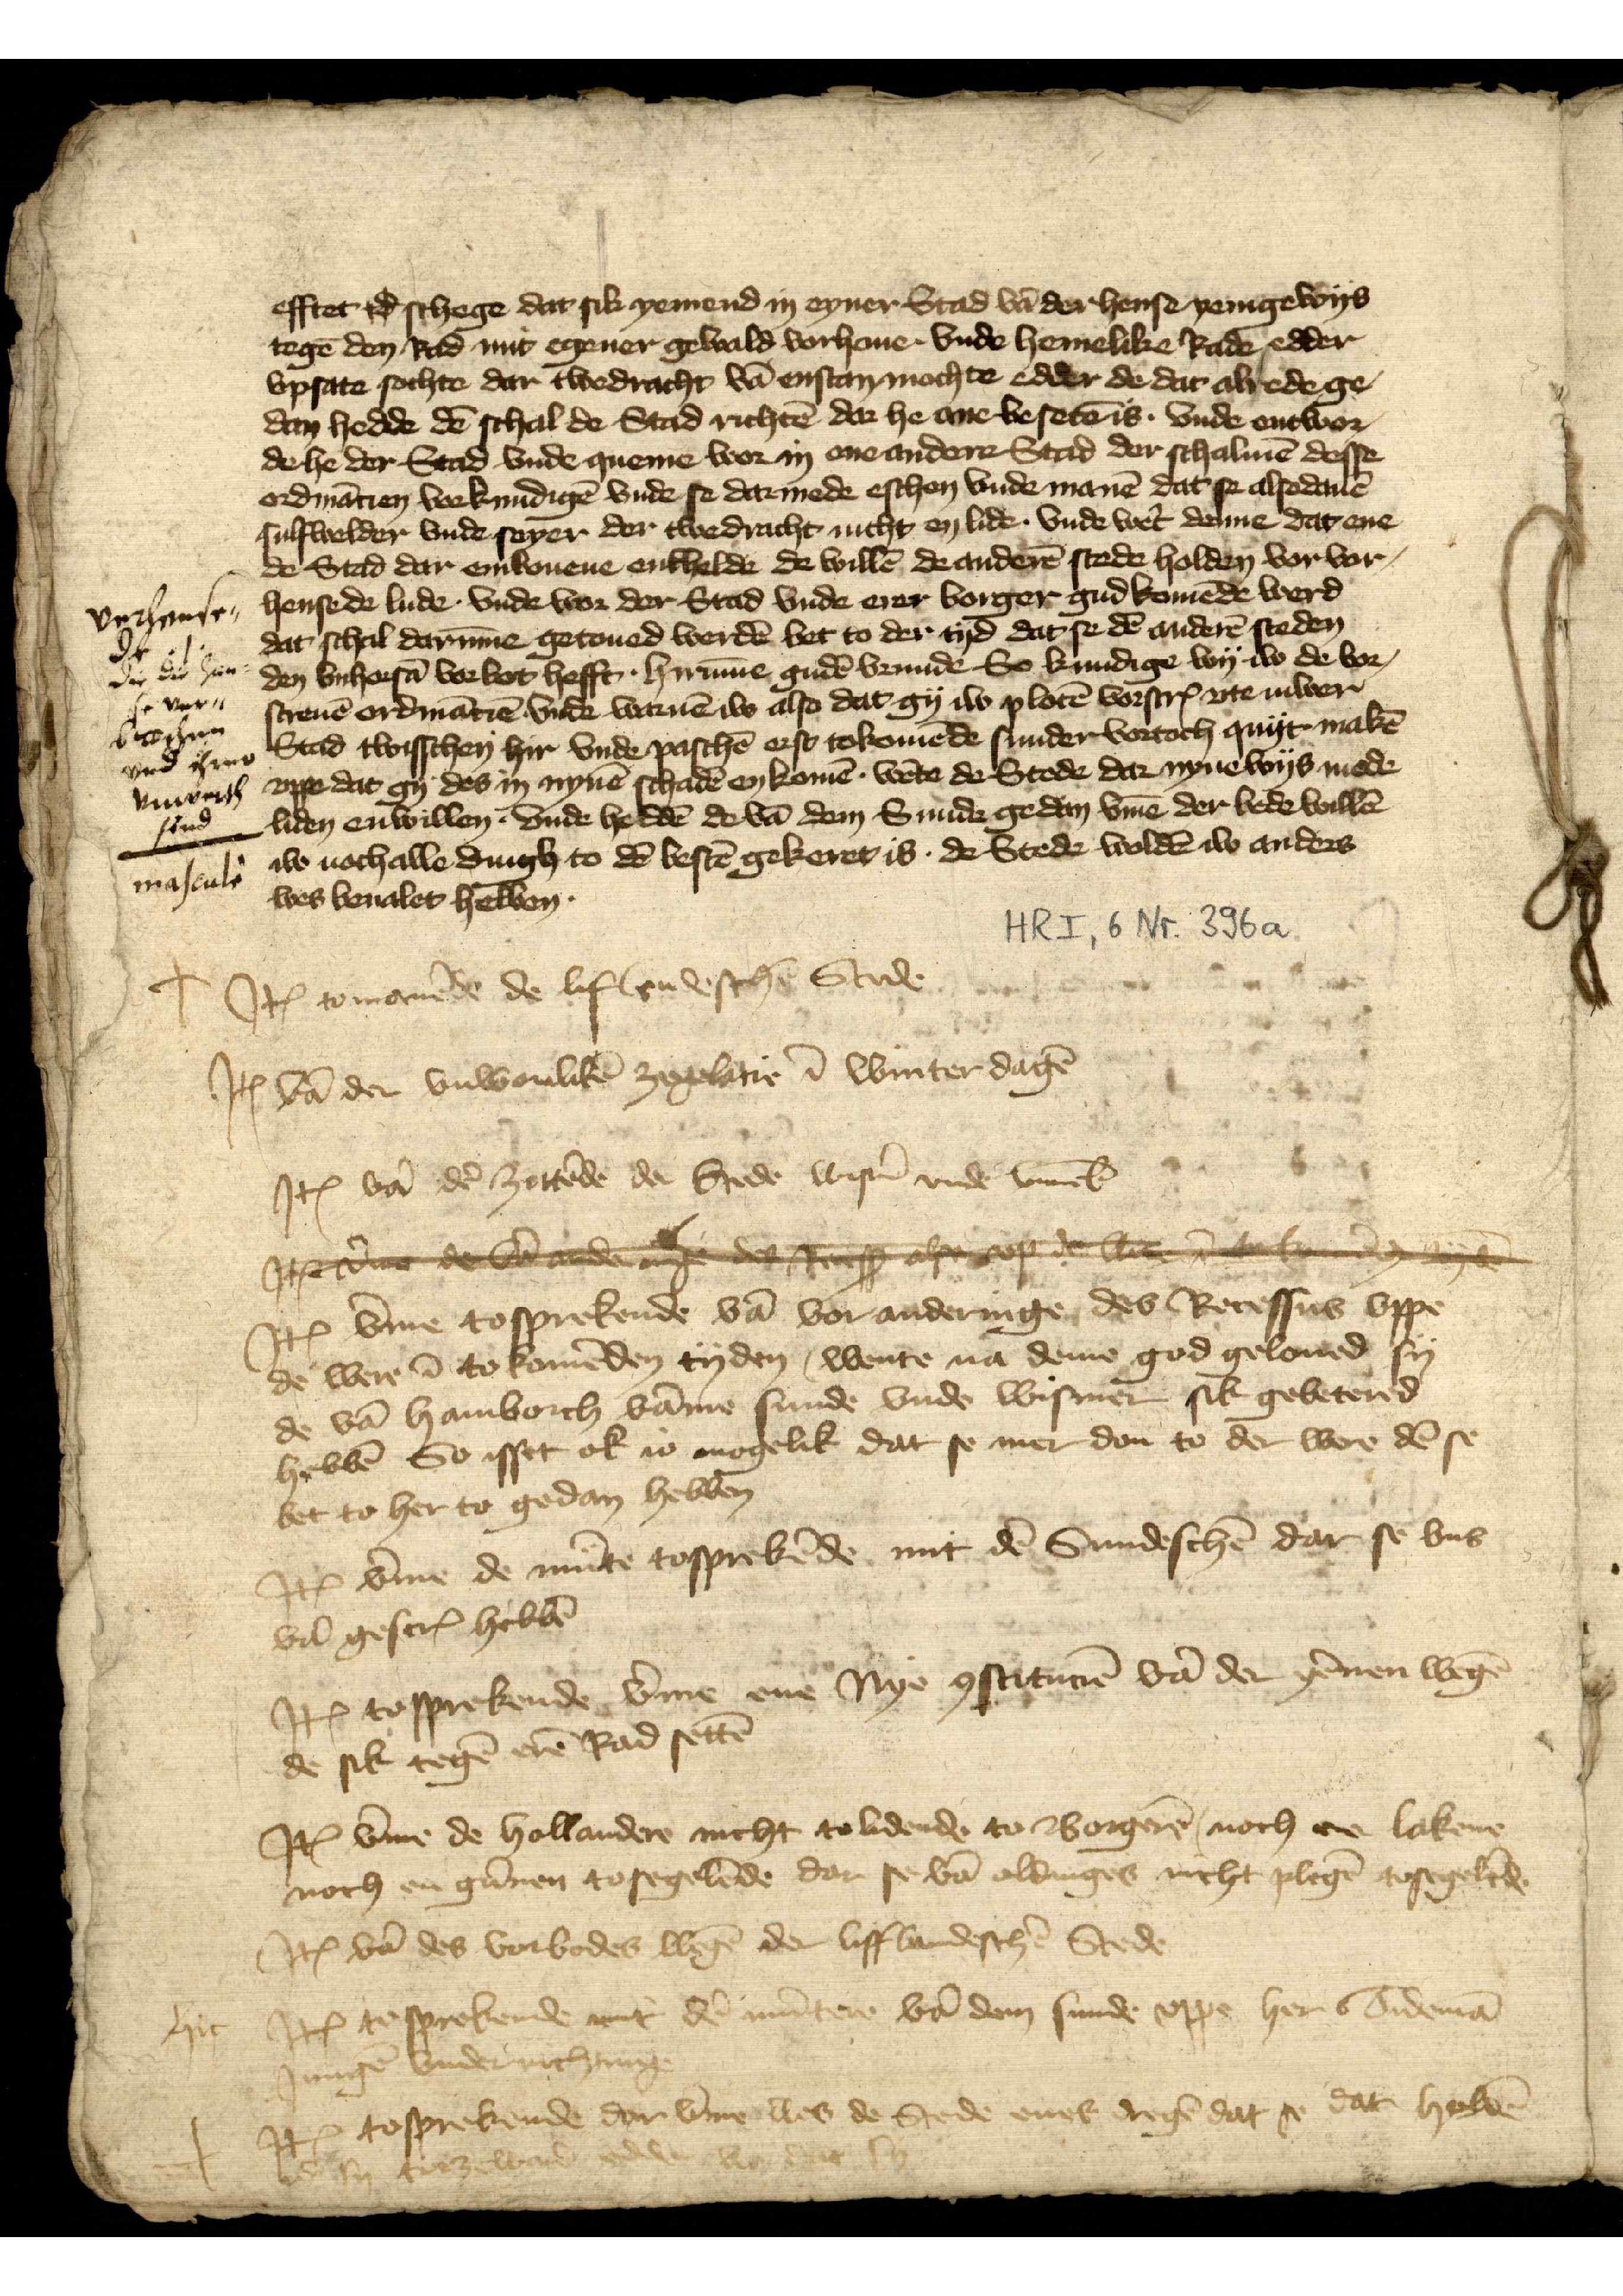
efftet id schege dat sik yemend in eyner Stad vā der hense yenigewys
tegē den Rad mit egener gewald vorhone. Vnde hemelike Rade edder
vpsate sochte dar twedracht vā enstan mochte edder de dat alrede ge¬
dan hedde dē schal de Stad richtē dar he ane besetē is. vnde entwor¬
de he der Stad vnde queme wor in ene andere Stad der schalmē desse
ordinācien vorkundigē vnde se dar mede eschen vnde manē dat se alsodanē
sulswelden vnde seyer der twedracht, nicht en lide. vnde wet̉ denne dat ene
de Stad dar enkouene enkhelde de willē de anderē stede holden vor vor¬
hensede lude. vnde vor der Stad vnde erer borger gud komēde werd
dat schal darūme getoued werdē bet to der tyd dat se dē anderē steden
den vnhorsā vorbot hefft hirūme gudē vrunde So kundige wy iw de vor¬
screuē ordināciē vnde warnē iw also dat gy iw plotē vorscrꝬ vte iuwer
Stad twisschen hyr vnde Paschē erst tokomēde sunder vortoch quyt makē
vppe dat eyn des in nynē schadē en komē. wete de Stede dar nyne wys mede
liden enwillen. vnde heddē de vā dem Sunde gedan v̄me der bede willē
iw nochalle dingh to dē bestē gekeret is. de Stede woldē iw anders
wes beualet hebben.

Jꝷ to manēde de liflendeschē Stede 
Jꝷ vā den vnwonlikē zegelatie ī winterdagē
Jꝷ vā dẻ zettēde de Stede Wismẻ vnde Luneb̄
gdaedereed Sedede de
Iꝷ v̄me tosprekende vā vor anderinge des Recessus vppe
de were ī to komēden tyden, wente na deme god geloued sy
de vā Hamborch vāme Sunde vnde Wismer sik gebetered
hebbē So isset ok io mogelik dat se mer don to der were dē se
bet to her to gedan hebben
Jꝷ v̄me de mūte tosprekēde mit dē Sundeschē dar se vns
vā gescrꝬ hebbē
Jꝷ to sprekende v̄me ene Nye çstituciē vā der yēnen wegē
de sik tegē erē Rad settē
Jꝷ v̄me de Hollandere nicht to lidende to Bogerē, noch ene lakene
noch en gūnen to segelēde dar se vā aldinges nicht plegē tosegelēde 
Jꝷ vā des vorbedes wegē der lifflandeschē Stede
Jꝷ to sprekende mit dē mūtere vā dem sunde vppe her Tidemā
Jungē vnderrichtinge
Jꝷ to sprekende dar v̄me wes de Stede enes dregen, dat se dat holdē
id sy tor ze ward edder wes dat sy

verhense¬
det
die die han¬
se ver¬
bot ihren
vnreath
sind
masculi

hic